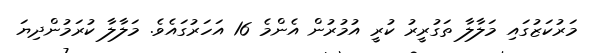
މަރުކަޒުގައި މަލާލާ ތަގުރީރު ކުރީ އުމުރުން އެންމެ 16 އަހަރުގައެވެ. މަލާލާ ކުރަމުންދިޔަ